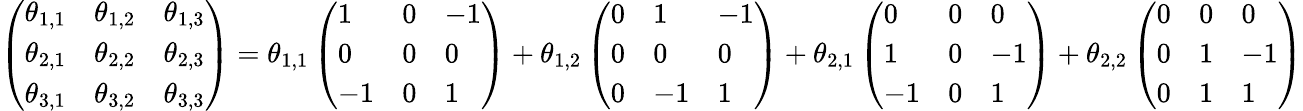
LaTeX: \left(\begin{array}{lll}{\theta_{1,1}}&{\theta_{1,2}}&{\theta_{1,3}}\\ {\theta_{2,1}}&{\theta_{2,2}}&{\theta_{2,3}}\\ {\theta_{3,1}}&{\theta_{3,2}}&{\theta_{3,3}}\end{array}\right)=\theta_{1,1}\left(\begin{array}{lll}{1}&{0}&{-1}\\ {0}&{0}&{0}\\ {-1}&{0}&{1}\end{array}\right)+\theta_{1,2}\left(\begin{array}{lll}{0}&{1}&{-1}\\ {0}&{0}&{0}\\ {0}&{-1}&{1}\end{array}\right)+\theta_{2,1}\left(\begin{array}{lll}{0}&{0}&{0}\\ {1}&{0}&{-1}\\ {-1}&{0}&{1}\end{array}\right)+\theta_{2,2}\left(\begin{array}{lll}{0}&{0}&{0}\\ {0}&{1}&{-1}\\ {0}&{1}&{1}\end{array}\right)